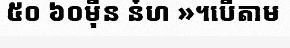
៥០ ៦០ម៉ឺន ន៎ហ »។បើតាម